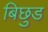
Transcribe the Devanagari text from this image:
बिछुड